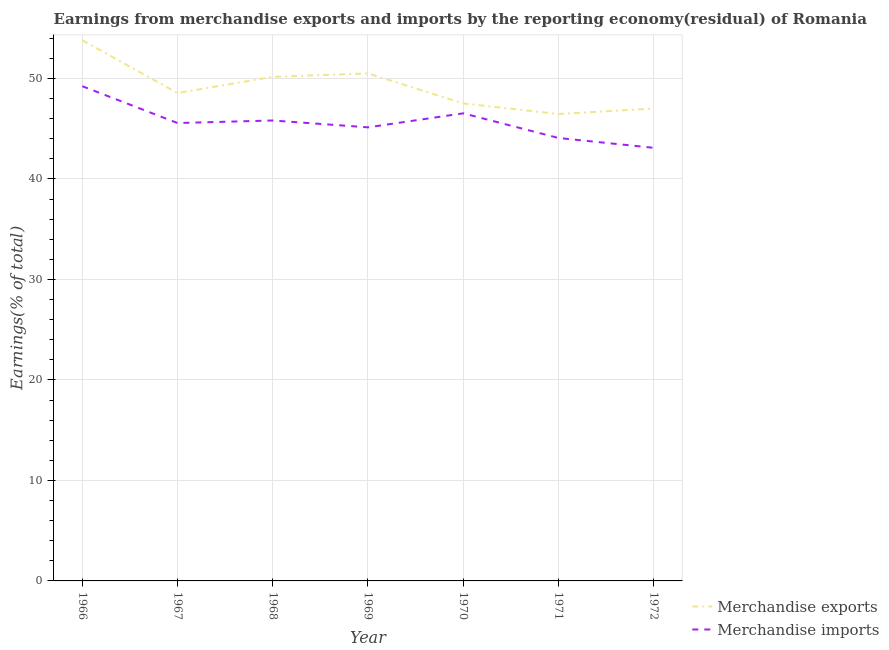
| Year | Merchandise exports | Merchandise imports |
 | --- | --- | --- |
 | 1966 | 53.8 | 49.2 |
 | 1967 | 48.5 | 45.6 |
 | 1968 | 50.2 | 45.8 |
 | 1969 | 50.5 | 45.1 |
 | 1970 | 47.5 | 46.5 |
 | 1971 | 46.5 | 44.1 |
 | 1972 | 47 | 43.1 |